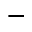
^ -